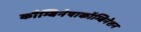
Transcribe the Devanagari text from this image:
कौम्बिनेषाकॉम्बिनेशन